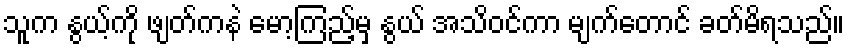
သူက နွယ့်ကို ဖျတ်ကနဲ မော့ကြည့်မှ နွယ် အသိဝင်ကာ မျက်တောင် ခတ်မိရသည်။